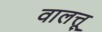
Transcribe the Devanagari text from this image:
वालत्तू